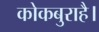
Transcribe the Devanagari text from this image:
कोकबुराहै।